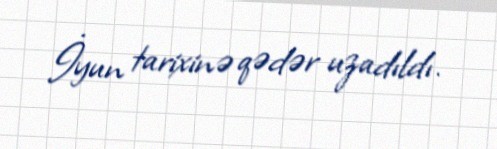
İyun tarixinə qədər uzadıldı.